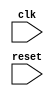
module timing_control_and_sync (
    input wire clk,
    input wire reset,
    // Other input signals for synchronization blocks
    // Output signals for synchronization blocks
);

// FIFO buffer instantiation
// Handshaking logic instantiation

// Timing control logic
// Code to regulate clock frequency and phase

endmodule